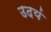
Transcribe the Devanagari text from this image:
उदयं